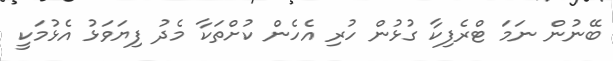
ބޭނުން ނަމަ ޓްރެފިކާ ގުުޅުން ހުރި އެހެން ކުށްތަކާ މެދު ފިޔަވަޅު އެޅުމަކީ